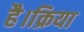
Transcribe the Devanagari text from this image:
है।क्रिया